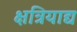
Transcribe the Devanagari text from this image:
क्षत्रियाद्य